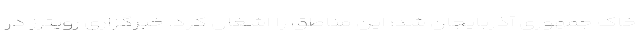
خاک جمهوری آذربایجان شد؛ این مناطق را اشغال کرد. خبرگزاری رویترز در